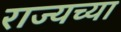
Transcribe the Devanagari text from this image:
राज्यच्या